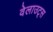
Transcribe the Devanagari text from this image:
वेलाउट्स